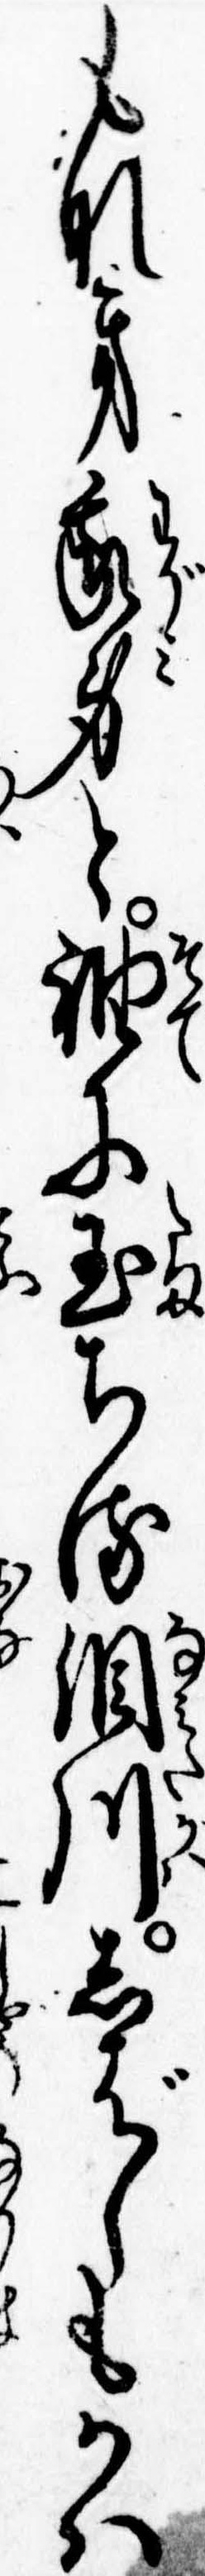
もなき我身と袖に玉ちる涙川しばしもかは